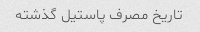
تاریخ مصرف پاستیل گذشته